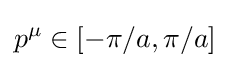
p^{\mu }\in [-\pi /a,\pi /a]